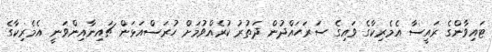
ޓައިވާންގެ ރައީސާ އެމެރިކާގެ ވައިގެ ސަރަހައްދުން ދަތުރު ކުރެއްވުމަށް ހުރަސްއަޅަން ޗައިނާއިންވަނީ އެމެރިކާގެ